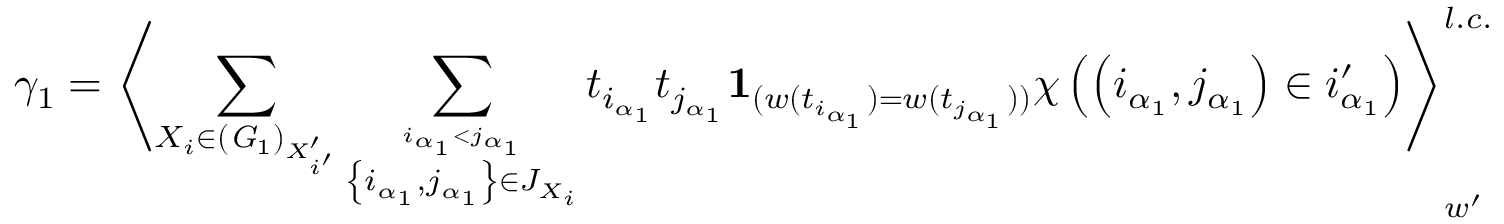
\gamma _ { 1 } = \left\langle \sum _ { X _ { i } \in ( { \it G } _ { 1 } ) _ { X _ { i ^ { \prime } } ^ { \prime } } } \sum _ { \stackrel { i _ { \alpha _ { 1 } } < j _ { \alpha _ { 1 } } } { \left\{ i _ { \alpha _ { 1 } } , j _ { \alpha _ { 1 } } \right\} \in J _ { X _ { i } } } } t _ { i _ { \alpha _ { 1 } } } t _ { j _ { \alpha _ { 1 } } } { \bf 1 } _ { ( w ( t _ { i _ { \alpha _ { 1 } } } ) = w ( t _ { j _ { \alpha _ { 1 } } } ) ) } \chi \left( \left( i _ { \alpha _ { 1 } } , j _ { \alpha _ { 1 } } \right) \in i _ { \alpha _ { 1 } } ^ { \prime } \right) \right\rangle _ { w ^ { \prime } } ^ { l . c . } \; \mathrm { ~ a n d }